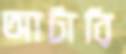
আর্টারি